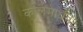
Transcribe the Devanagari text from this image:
कालमाधवः